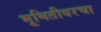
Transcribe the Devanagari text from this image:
भूमितीवरचा